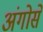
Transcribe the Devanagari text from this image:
अंगोसे